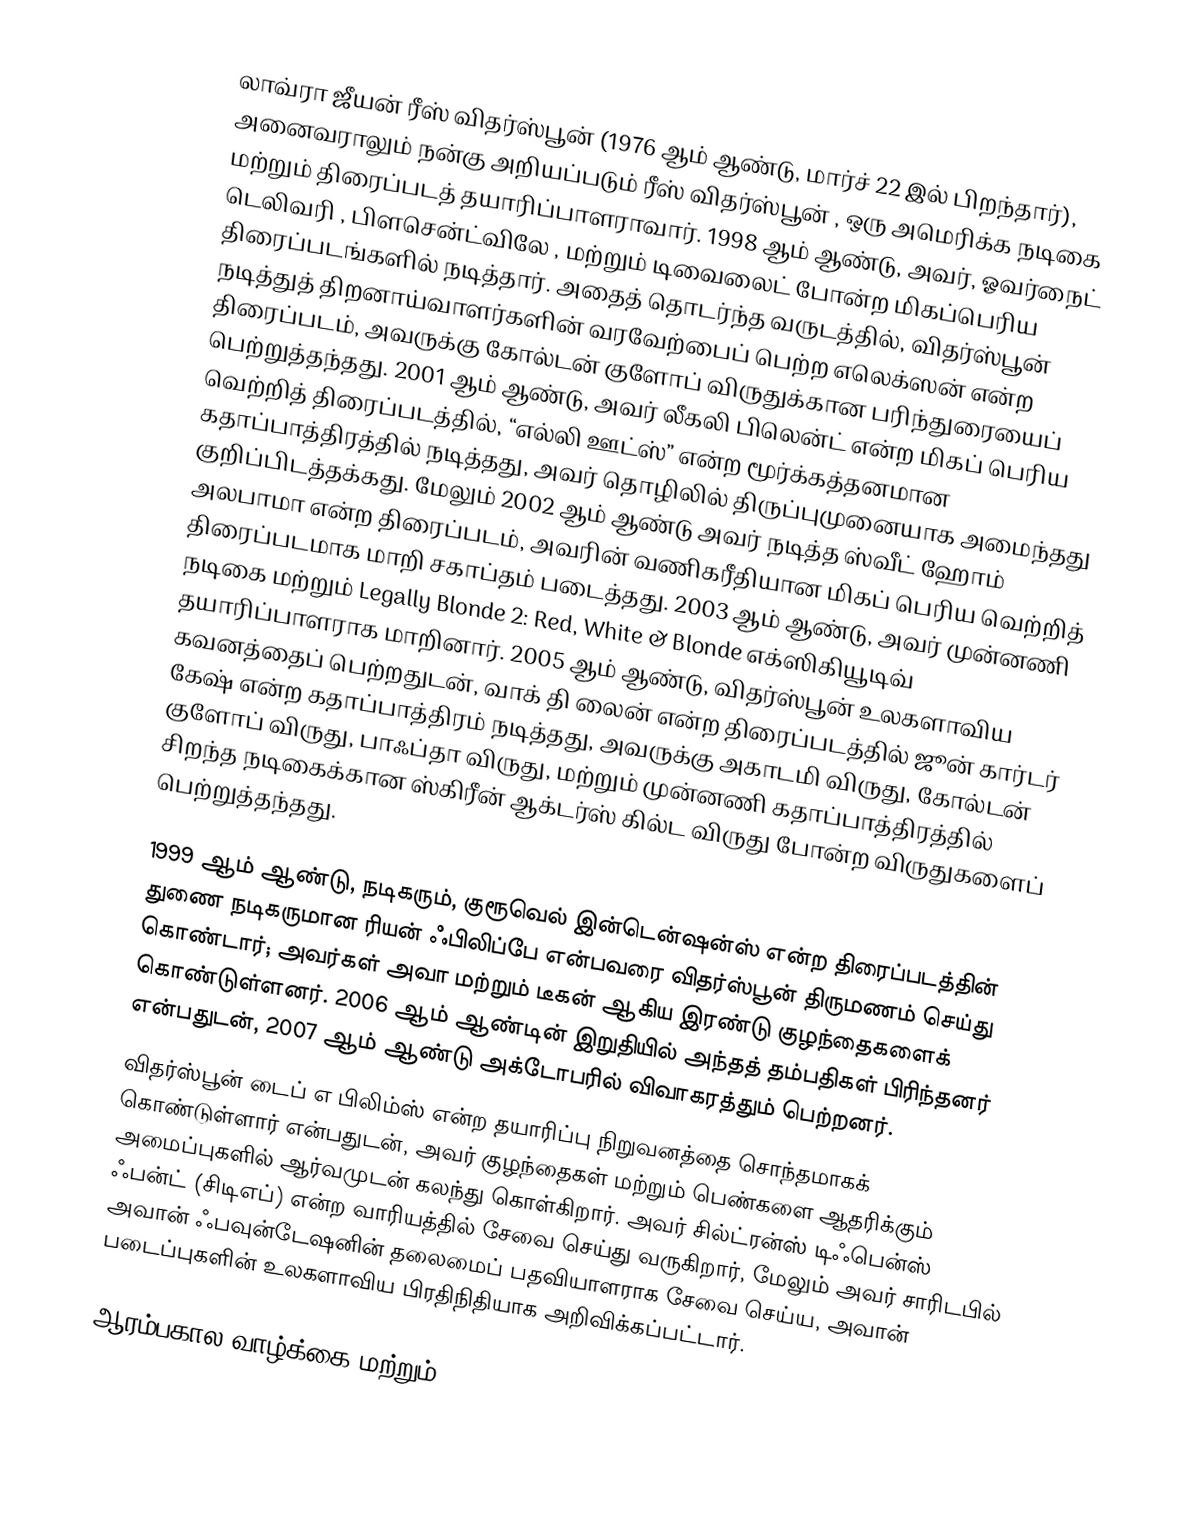
லாவ்ரா ஜீயன் ரீஸ் விதர்ஸ்பூன் (1976 ஆம் ஆண்டு, மார்ச் 22 இல் பிறந்தார்), அனைவராலும் நன்கு அறியப்படும் ரீஸ் விதர்ஸ்பூன் , ஒரு அமெரிக்க நடிகை மற்றும் திரைப்படத் தயாரிப்பாளராவார். 1998 ஆம் ஆண்டு, அவர், ஓவர்நைட் டெலிவரி , பிளசென்ட்விலே , மற்றும் டிவைலைட் போன்ற மிகப்பெரிய திரைப்படங்களில் நடித்தார். அதைத் தொடர்ந்த வருடத்தில், விதர்ஸ்பூன் நடித்துத் திறனாய்வாளர்களின் வரவேற்பைப் பெற்ற எலெக்ஸன் என்ற திரைப்படம், அவருக்கு கோல்டன் குளோப் விருதுக்கான பரிந்துரையைப் பெற்றுத்தந்தது. 2001 ஆம் ஆண்டு, அவர் லீகலி பிலென்ட் என்ற மிகப் பெரிய வெற்றித் திரைப்படத்தில், “எல்லி ஊட்ஸ்” என்ற மூர்க்கத்தனமான கதாப்பாத்திரத்தில் நடித்தது, அவர் தொழிலில் திருப்புமுனையாக அமைந்தது குறிப்பிடத்தக்கது. மேலும் 2002 ஆம் ஆண்டு அவர் நடித்த ஸ்வீட் ஹோம் அலபாமா என்ற திரைப்படம், அவரின் வணிகரீதியான மிகப் பெரிய வெற்றித் திரைப்படமாக மாறி சகாப்தம் படைத்தது. 2003 ஆம் ஆண்டு, அவர் முன்னணி நடிகை மற்றும் Legally Blonde 2: Red, White & Blonde எக்ஸிகியூடிவ் தயாரிப்பாளராக மாறினார். 2005 ஆம் ஆண்டு, விதர்ஸ்பூன் உலகளாவிய கவனத்தைப் பெற்றதுடன், வாக் தி லைன் என்ற திரைப்படத்தில் ஜூன் கார்டர் கேஷ் என்ற கதாப்பாத்திரம் நடித்தது, அவருக்கு அகாடமி விருது, கோல்டன் குளோப் விருது, பாஃப்தா விருது, மற்றும் முன்னணி கதாப்பாத்திரத்தில் சிறந்த நடிகைக்கான ஸ்கிரீன் ஆக்டர்ஸ் கில்ட விருது போன்ற விருதுகளைப் பெற்றுத்தந்தது.

1999 ஆம் ஆண்டு, நடிகரும், குரூவெல் இன்டென்ஷன்ஸ் என்ற திரைப்படத்தின் துணை நடிகருமான ரியன் ஃபிலிப்பே என்பவரை விதர்ஸ்பூன் திருமணம் செய்து கொண்டார்; அவர்கள் அவா மற்றும் டீகன் ஆகிய இரண்டு குழந்தைகளைக் கொண்டுள்ளனர். 2006 ஆம் ஆண்டின் இறுதியில் அந்தத் தம்பதிகள் பிரிந்தனர் என்பதுடன், 2007 ஆம் ஆண்டு அக்டோபரில் விவாகரத்தும் பெற்றனர்.
விதர்ஸ்பூன் டைப் எ பிலிம்ஸ் என்ற தயாரிப்பு நிறுவனத்தை சொந்தமாகக் கொண்டுள்ளார் என்பதுடன், அவர் குழந்தைகள் மற்றும் பெண்களை ஆதரிக்கும் அமைப்புகளில் ஆர்வமுடன் கலந்து கொள்கிறார். அவர் சில்ட்ரன்ஸ் டிஃபென்ஸ் ஃபன்ட் (சிடிஎப்) என்ற வாரியத்தில் சேவை செய்து வருகிறார், மேலும் அவர் சாரிடபில் அவான் ஃபவுன்டேஷனின் தலைமைப் பதவியாளராக சேவை செய்ய, அவான் படைப்புகளின் உலகளாவிய பிரதிநிதியாக அறிவிக்கப்பட்டார்.

ஆரம்பகால வாழ்க்கை மற்றும்